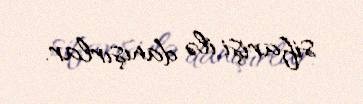
sifarişi ilə danışırlar.